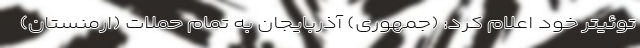
توئیتر خود اعلام کرد: (جمهوری) آذربایجان به تمام حملات (ارمنستان)